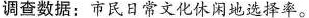
调查数据：市民日常文化休闲地选择率。